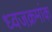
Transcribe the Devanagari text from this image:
ध्वजक्रमांक